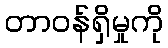
တာဝန်ရှိမှုကို